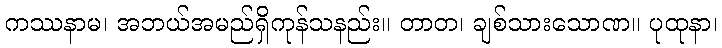
ကဿနာမ၊ အဘယ်အမည်ရှိကုန်သနည်း။ တာတ၊ ချစ်သားသောဏ။ ပုထုနာ၊